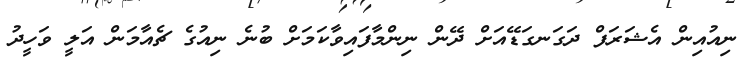
ނިއުއިން އެޝަރަފް ދަގަނގަޑޭއަށް ދޭން ނިންމާފައިވާކަމަށް ބުނެ ނިއުގެ ޗެއާމަން އަލީ ވަހީދު